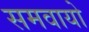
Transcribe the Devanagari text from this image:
समवायो